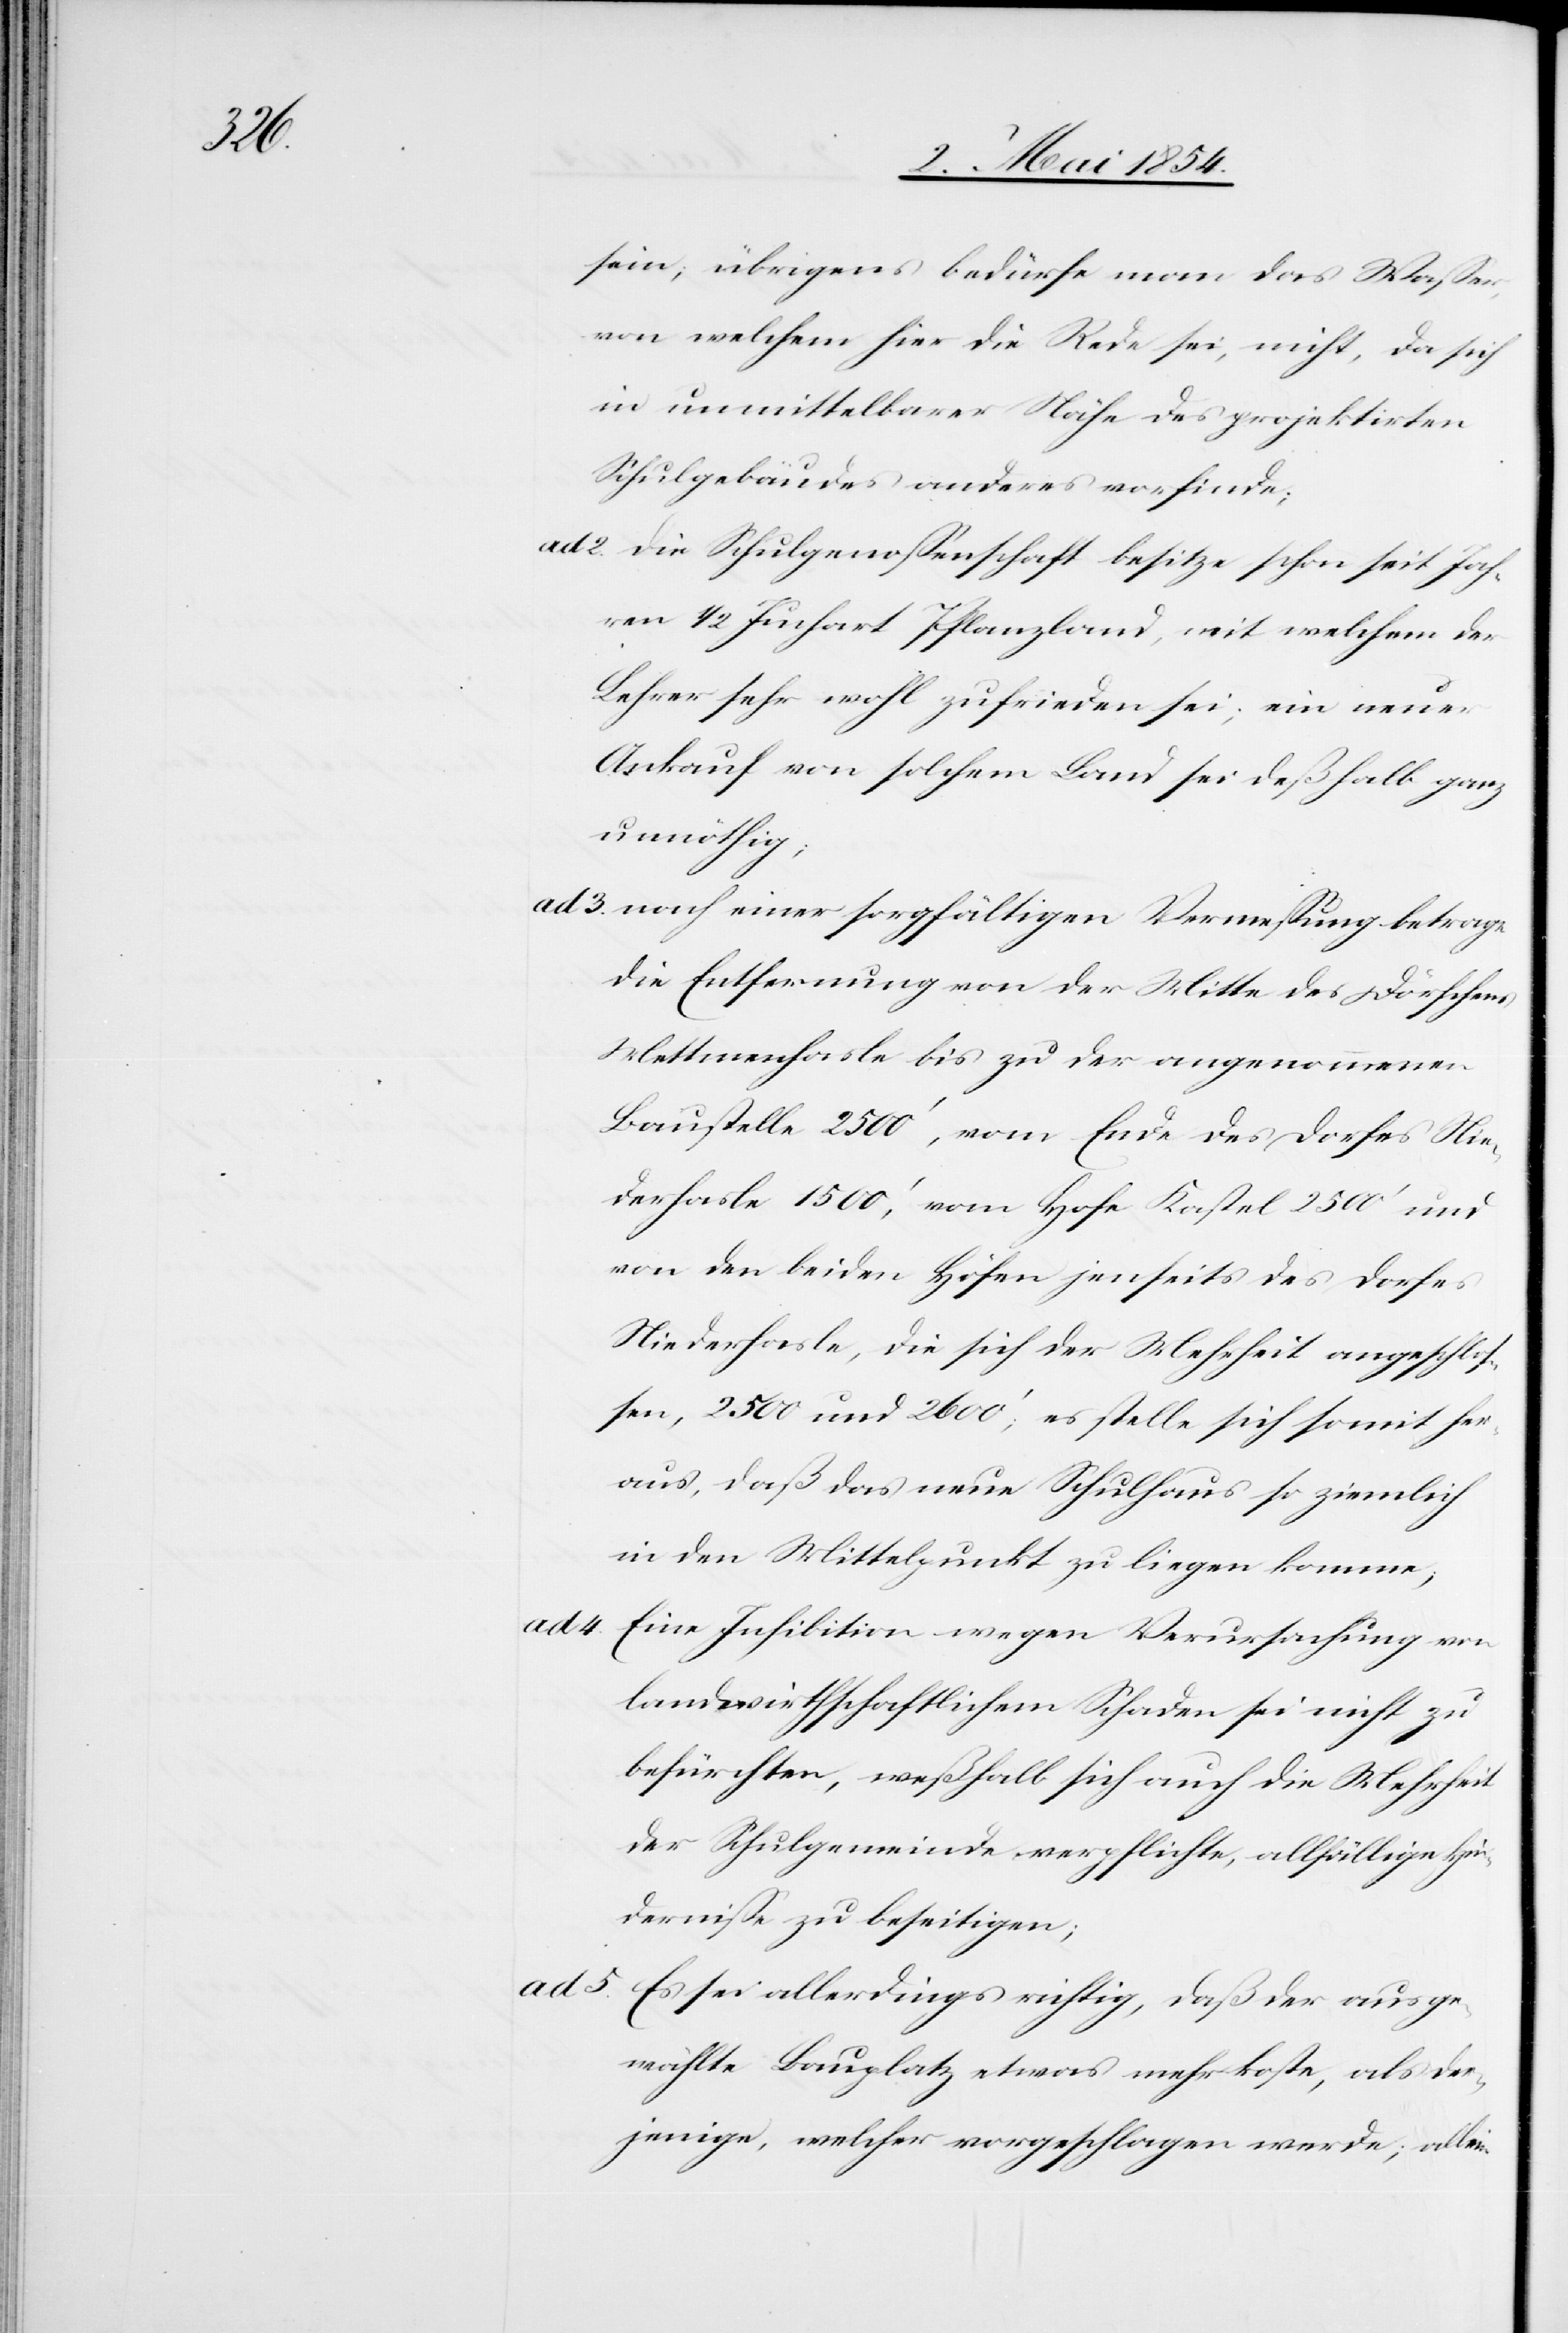
ad 5.

sein; übrigens bedürfe man das Waßer,
von welchem hier die Rede sei, nicht, da sich
in unmittelbarer Nähe des projektirten
Schulgebäudes anderes vorfinde;
ad 2. Die Schulgenoßenschaft besitze schon seit Jah¬
ren 1/2 Juchart Pflanzland, mit welchem der
Lehrer sehr wohl zufrieden sei; ein neuer
Ankauf von solchem Land sei deßhalb ganz
unnöthig;
ad 3. nach einer sorgfältigen Vermeßung betrage
die Entfernung von der Mitte des Dörfchens
Mettmenhasle bis zu der angenommenen
Baustelle 2500‘, vom Ende des Dorfes Nie¬
derhalse 1500‘, vom Hofe Kastel 2500‘ und
von den beiden Höfen jenseits des Dorfes
Niederhasle, die sich der Mehrheit angeschloß¬
en, 2500 und 2600‘; es stelle sich somit her¬
aus, daß das neue Schulhaus so ziemlich
in den Mittelpunkt zu liegen komme;
Eine Inhibition wegen Verursachung von
landwirthschaftlichem Schaden sei nicht zu
befürchten, weßhalb sich auch die Mehrheit
der Schulgemeinde verpflichte, allfällige Hin¬
derniße zu beseitigen;
Es sei allerdings richtig, daß der ausge¬
wählte Bauplatz etwas mehr koste, als der¬
jenige, welcher vorschlagen werde; allein